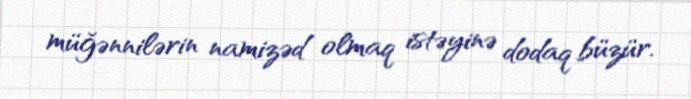
müğənnilərin namizəd olmaq istəyinə dodaq büzür.